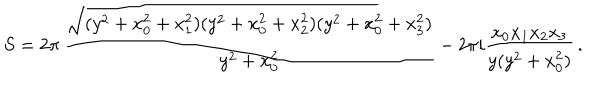
LaTeX: S = 2 \pi \, \frac { \sqrt { ( y ^ { 2 } + x _ { 0 } ^ { 2 } + x _ { 1 } ^ { 2 } ) ( y ^ { 2 } + x _ { 0 } ^ { 2 } + x _ { 2 } ^ { 2 } ) ( y ^ { 2 } + x _ { 0 } ^ { 2 } + x _ { 3 } ^ { 2 } ) } } { y ^ { 2 } + x _ { 0 } ^ { 2 } } - 2 \pi i \frac { x _ { 0 } x _ { 1 } x _ { 2 } x _ { 3 } } { y ( y ^ { 2 } + x _ { 0 } ^ { 2 } ) } \, .